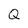
Character: Q